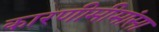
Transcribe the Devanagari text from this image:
कारणीमीमांसा